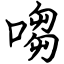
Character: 㗙